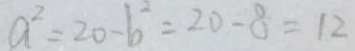
a ^ { 2 } = 2 0 - b ^ { 2 } = 2 0 - 8 = 1 2